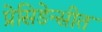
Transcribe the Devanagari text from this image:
प्रेसिडेन्सीत